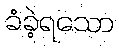
ခံခဲ့ရသော